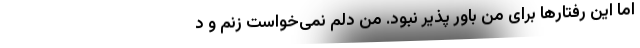
اما این رفتار‌ها برای من باور پذیر نبود. من دلم نمی‌خواست زنم و د